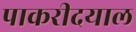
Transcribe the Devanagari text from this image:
पाकरीदयाल